Civil Veterinary Department. Central Provinces & Berar 1925-31 - 1925-1931
Year: 1925
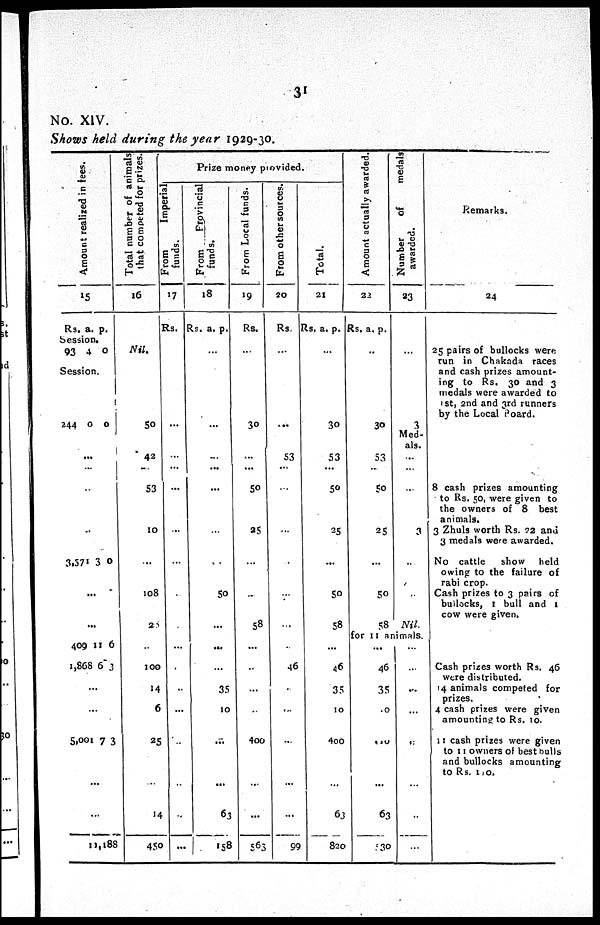
31
No. XIV.
Shows held during the year 1929-30.
Amount realized in tees.
15
Rs.
a.
p.
Session.
93
4
0
Session.
244
0 0
...
...
...
...
3,571 3 0
...
...
409
1,868
11
6
6
3
...
...
5,001 7 3
...
...
11,188
Total number of animals
that competed for prizes.
16
Nil.
50
42
...
53
10
...
108
25
...
100
14
6
25
...
14
450
Prize money provided
From Imperial
funds.
17
Rs.
...
... ...
...
...
...
...
...
...
...
...
...
...
...
...
From
Provincial
funds.
18
Rs. a. p.
...
...
...
...
...
...
...
50
...
...
...
35
10
...
...
63
158
From Local funds.
19
Rs.
...
30
...
...
50
25
...
..
58
...
...
...
...
400
...
...
563
From other sources.
20
Rs
...
...
53
...
...
...
...
...
...
.
46
...
...
...
...
...
99
Total.
21
Rs. a. p.
...
30
53
...
50
25
...
50
58
...
46
35
10
400
...
63
820
Amount actually awarded,
22
Rs. a. p.
...
30
53
...
50
25
...
50
58
Number of
medals
awarded.
23
...
3
Med-
als.
...
...
...
3
..
..
Nil.
for 11 animals.
...
46
35
.0
510
...
63
530
...
...
...
...
43
...
...
...
Remarks.
24
25 pairs of bulocks were
run in Chakada races
and cash prizes amount-
ing to Rs. 30 and 3
medals were awarded to
1s, 2nd and 3rd runners
by the Local Board.
8 cash prizes amounting
to Rs. 50, were given to
the owners of 8 best
animals.
3 Zhuls worth Rs. 72 ana
3 medals were awarded.
No cattle
show
held
owing to the failure of
rabi crop.
Cash prizes to 3 pairs of
bullocks, 1 bull and 1
cow were given.
Cash prizes worth Rs. 46
were distributed.
14 animals competed for
prizes.
4 cash prizes were given
amounting to Rs. 10.
11 cash prizes were giver
to 11 owners of best bulls
and bullocks amounting
to Rs. 100.